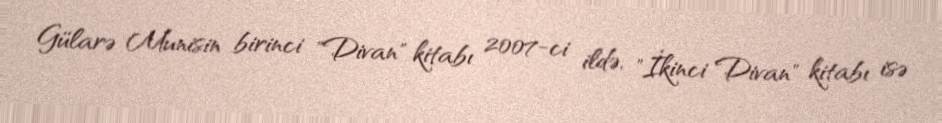
Gülarə Munisin birinci "Divan" kitabı 2007-ci ildə, "İkinci Divan" kitabı isə